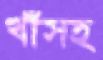
খাঁসহ